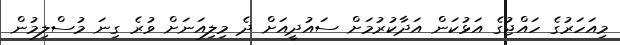
މިއަހަރުގެ ހައްޖުގެ އަޅުކަން އަދާކުރުމަށް ސައުދީއަށް ދެ މިލިއަނަށް ވުރެ ގިނަ މުސްލިމުން